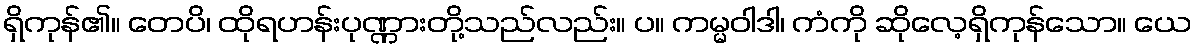
ရှိကုန်၏။ တေပိ၊ ထိုရဟန်းပုဏ္ဏားတို့သည်လည်း။ ပ။ ကမ္မဝါဒါ၊ ကံကို ဆိုလေ့ရှိကုန်သော။ ယေ